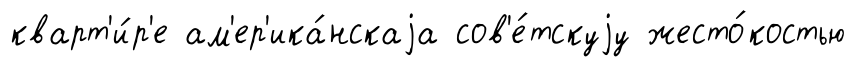
кварт'и́р'е ам'ер'ика́нскаjа сов'е́тскуjу жесто́костью